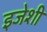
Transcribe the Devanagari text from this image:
इजेशी